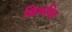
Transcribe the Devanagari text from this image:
किणवित